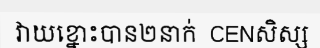
វាយខ្នោះបាន២នាក់  CENសិស្ស